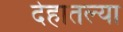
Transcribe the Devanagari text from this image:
देहातल्या